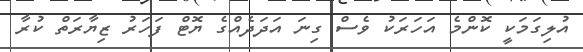
އުލިގަމަކީ ކޮންމެ އަހަރަކު ވެސް ގިނަ އަދަދެއްގެ ޔޮޓް ފަހަރު ޒިޔާރަތް ކުރާ